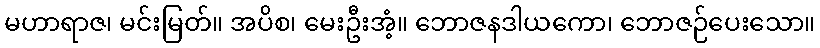
မဟာရာဇ၊ မင်းမြတ်။ အပိစ၊ မေးဦးအံ့။ ဘောဇနဒါယကော၊ ဘောဇဉ်ပေးသော။